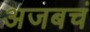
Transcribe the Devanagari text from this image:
अजबचं